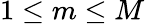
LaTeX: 1\leq m\leq M